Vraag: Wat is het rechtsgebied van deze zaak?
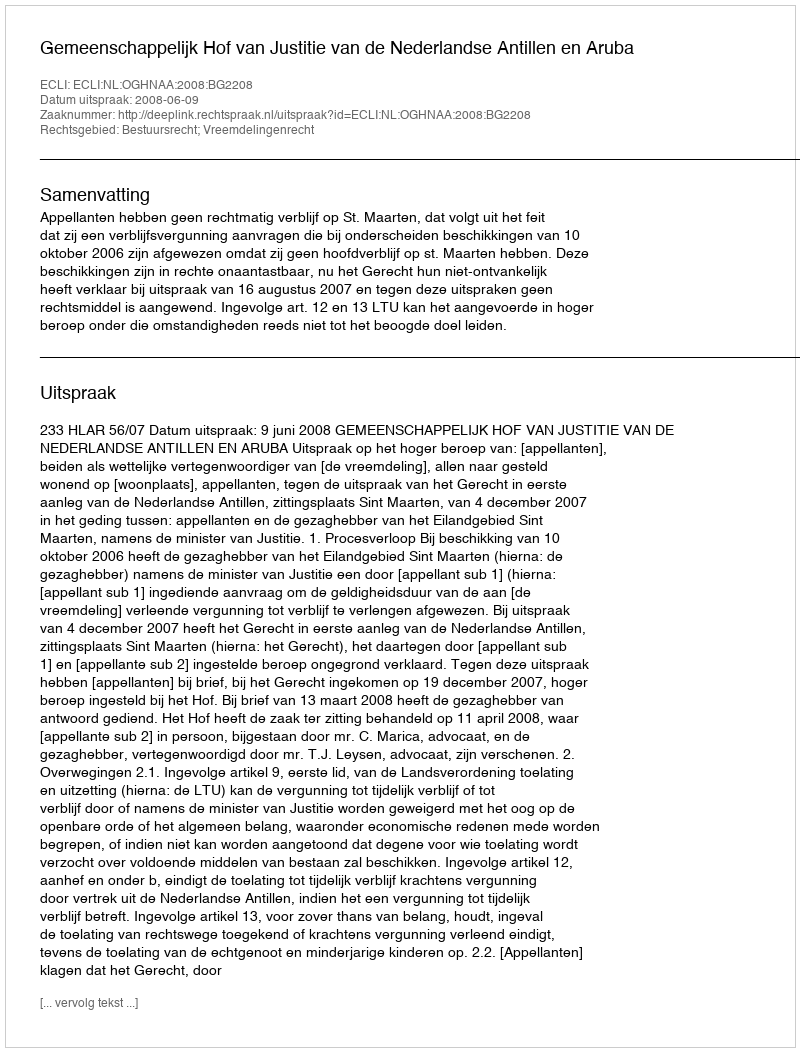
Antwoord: Bestuursrecht; Vreemdelingenrecht